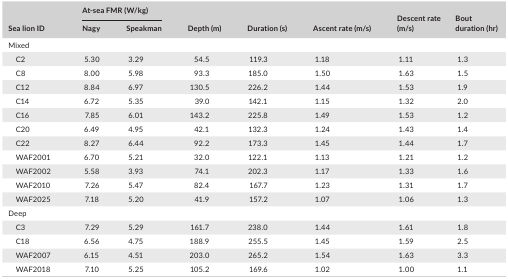
<table><thead><tr><td rowspan="2"><b>Sea lion ID</b></td><td colspan="2"><b>At‐sea FMR (W/kg)</b></td><td rowspan="2"><b>Depth (m)</b></td><td rowspan="2"><b>Duration (s)</b></td><td rowspan="2"><b>Ascent rate (m/s)</b></td><td rowspan="2"><b>Descent rate (m/s)</b></td><td rowspan="2"><b>Bout duration (hr)</b></td></tr><tr><td><b>Nagy</b></td><td><b>Speakman</b></td></tr></thead><tbody><tr><td colspan="8">Mixed</td></tr><tr><td>C2</td><td>5.30</td><td>3.29</td><td>54.5</td><td>119.3</td><td>1.18</td><td>1.11</td><td>1.3</td></tr><tr><td>C8</td><td>8.00</td><td>5.98</td><td>93.3</td><td>185.0</td><td>1.50</td><td>1.63</td><td>1.5</td></tr><tr><td>C12</td><td>8.84</td><td>6.97</td><td>130.5</td><td>226.2</td><td>1.44</td><td>1.53</td><td>1.9</td></tr><tr><td>C14</td><td>6.72</td><td>5.35</td><td>39.0</td><td>142.1</td><td>1.15</td><td>1.32</td><td>2.0</td></tr><tr><td>C16</td><td>7.85</td><td>6.01</td><td>143.2</td><td>225.8</td><td>1.49</td><td>1.53</td><td>1.2</td></tr><tr><td>C20</td><td>6.49</td><td>4.95</td><td>42.1</td><td>132.3</td><td>1.24</td><td>1.43</td><td>1.4</td></tr><tr><td>C22</td><td>8.27</td><td>6.44</td><td>92.2</td><td>173.3</td><td>1.45</td><td>1.44</td><td>1.7</td></tr><tr><td>WAF2001</td><td>6.70</td><td>5.21</td><td>32.0</td><td>122.1</td><td>1.13</td><td>1.21</td><td>1.2</td></tr><tr><td>WAF2002</td><td>5.58</td><td>3.93</td><td>74.1</td><td>202.3</td><td>1.17</td><td>1.33</td><td>1.6</td></tr><tr><td>WAF2010</td><td>7.26</td><td>5.47</td><td>82.4</td><td>167.7</td><td>1.23</td><td>1.31</td><td>1.7</td></tr><tr><td>WAF2025</td><td>7.18</td><td>5.20</td><td>41.9</td><td>157.2</td><td>1.07</td><td>1.06</td><td>1.3</td></tr><tr><td colspan="8">Deep</td></tr><tr><td>C3</td><td>7.29</td><td>5.29</td><td>161.7</td><td>238.0</td><td>1.44</td><td>1.61</td><td>1.8</td></tr><tr><td>C18</td><td>6.56</td><td>4.75</td><td>188.9</td><td>255.5</td><td>1.45</td><td>1.59</td><td>2.5</td></tr><tr><td>WAF2007</td><td>6.15</td><td>4.51</td><td>203.0</td><td>265.2</td><td>1.54</td><td>1.63</td><td>3.3</td></tr><tr><td>WAF2018</td><td>7.10</td><td>5.25</td><td>105.2</td><td>169.6</td><td>1.02</td><td>1.00</td><td>1.1</td></tr></tbody></table>